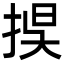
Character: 捑